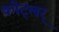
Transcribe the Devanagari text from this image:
कोट्ल्रर्